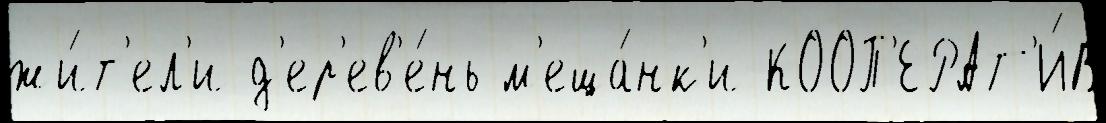
жи́т'ел'и д'ер'ев'е́нь м'еща́нк'и КООП'ЕРАТ'И́В